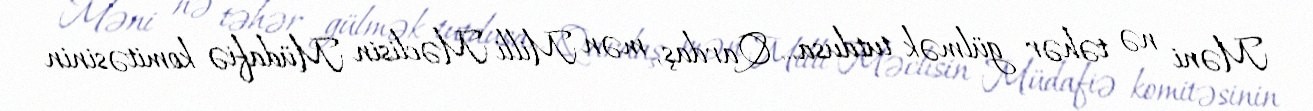
Məni nə təhər gülmək tutdusa... Qardaş, mən Milli Məclisin Müdafiə komitəsinin